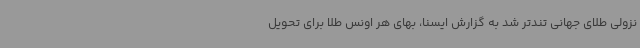
نزولی طلای جهانی تندتر شد به گزارش ایسنا، بهای هر اونس طلا برای تحویل